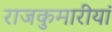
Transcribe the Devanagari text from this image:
राजकुमारीयां